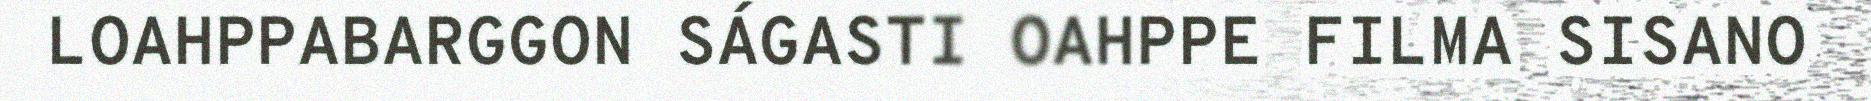
LOAHPPABARGGON SÁGASTI OAHPPE FILMA SISANO